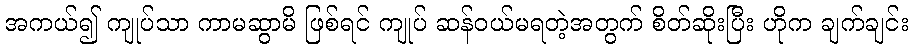
အကယ်၍ ကျုပ်သာ ကာမဆွာမိ ဖြစ်ရင် ကျုပ် ဆန်ဝယ်မရတဲ့အတွက် စိတ်ဆိုးပြီး ဟိုက ချက်ချင်း